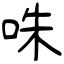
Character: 咮